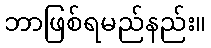
ဘာဖြစ်ရမည်နည်း။